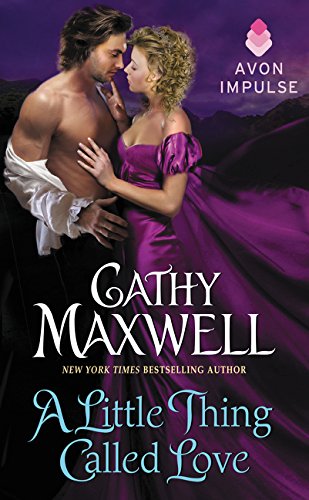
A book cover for A Little Thing Called Love; Cathy Maxwell; Romance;